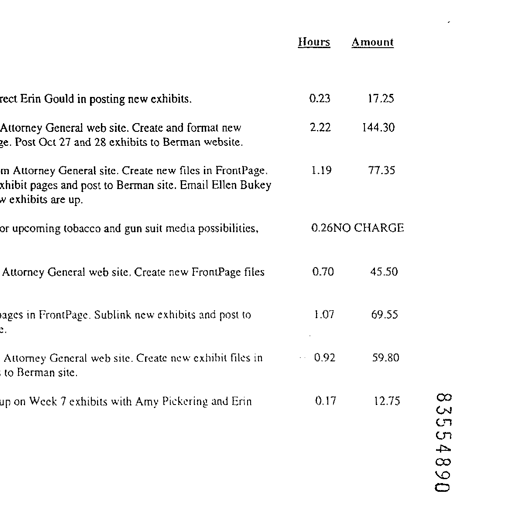
Hours Amount
rect Erin Gould in posting new exhibits. 0.23 17.25
Attorney General web site. Create and format new 2.22 144.30
ge. Post Oct 27 and 28 exhibits to Berman website.
m Attorney General site. Create new files in FrontPage. 1.19 77.35
xhibit pages and post to Berman site. Email Ellen Bukey
w exhibits are up.
or upcoming tobacco and gun suit media possibilities. 0.26 NO CHARGE
Attorney General web site. Create new FrontPage files 0.70 45.50
ages in FrontPage. Sublink new exhibits and post to 1.07 69.55
Attorney General web site. Create new exhibit files in 0.92 59.80
to Berman site.
up on Week 7 exhibits with Amy Pickering and Erin 0.17 12.75
83554890